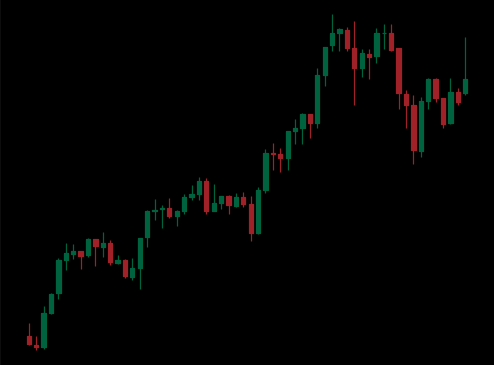
Pattern: unclassified